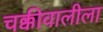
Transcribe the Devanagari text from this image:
चक्कीवालीला